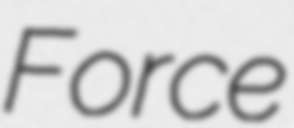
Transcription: Force